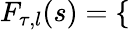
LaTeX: F_{\tau,l}(s)=\left\{ \begin{array}{rl}\end{array}\right.